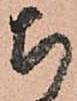
ち